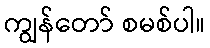
ကျွန်တော် စမစ်ပါ။